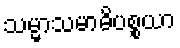
သမ္မာသမာဓိပစ္စယာ